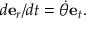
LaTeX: d \mathbf { e } _ { r } / d t = { \dot { \theta } } \mathbf { e } _ { t } .